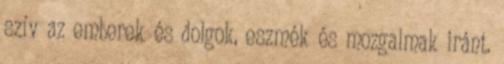
szív az emberek és dolgok, eszmék és mozgalmak iránt.